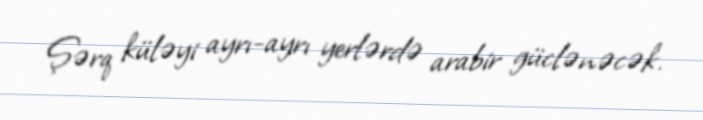
Şərq küləyi ayrı-ayrı yerlərdə arabir güclənəcək.